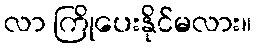
လာ ကြိုပေးနိုင်မလား။